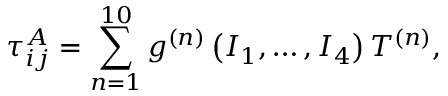
\tau _ { i j } ^ { A } = { \sum _ { n = 1 } ^ { 1 0 } { g ^ { ( n ) } \left( { I _ { 1 } , \ldots , I _ { 4 } } \right) T ^ { ( n ) } } } ,